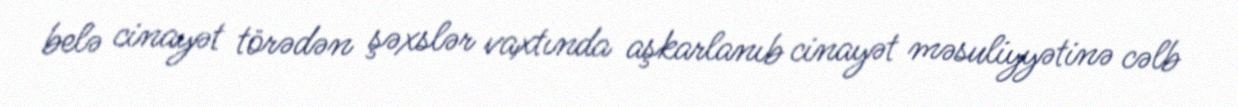
belə cinayət törədən şəxslər vaxtında aşkarlanıb cinayət məsuliyyətinə cəlb